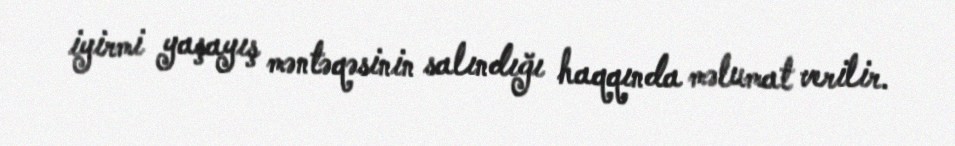
iyirmi yaşayış məntəqəsinin salındığı haqqında məlumat verilir.